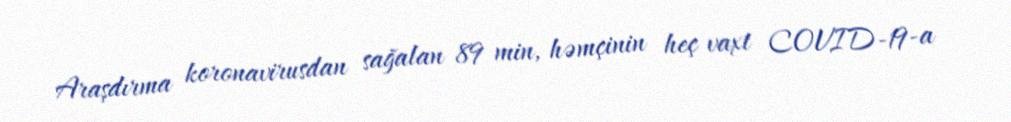
Araşdırma koronavirusdan sağalan 89 min, həmçinin heç vaxt COVID-19-a